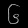
Digit: ၆